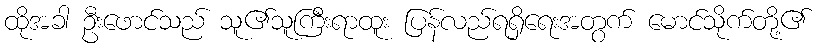
ထိုအခါ ဦးဖောင်သည် သူ၏သူကြီးရာထူး ပြန်လည်ရရှိရေးအတွက် မောင်သိုက်တို့၏